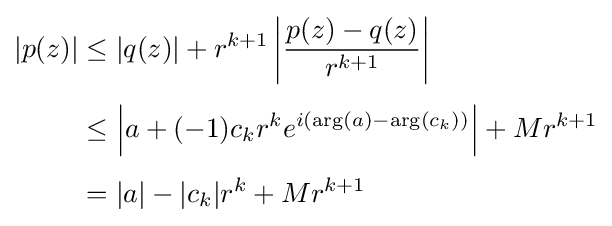
{\begin{aligned}|p(z)|&\leq |q(z)|+r^{k+1}\left|{\frac {p(z)-q(z)}{r^{k+1}}}\right|\\[4pt]&\leq \left|a+(-1)c_{k}r^{k}e^{i(\arg(a)-\arg(c_{k}))}\right|+Mr^{k+1}\\[4pt]&=|a|-|c_{k}|r^{k}+Mr^{k+1}\end{aligned}}